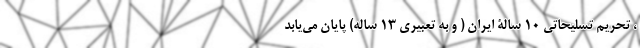
، تحریم تسلیحاتی 10 سالۀ ایران ( و به تعبیری 13 ساله) پایان می‌یابد